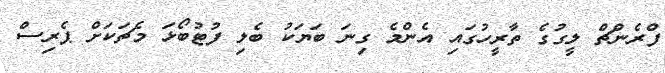
ފްރެންޗް ލީގުގެ ތާރީހުގައި އެންމެ ގިނަ ބަޔަކު ބެލި ފުޓުބޯޅަ މެޗަކަށް ޕެރިސް